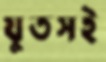
যুতসই